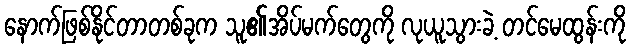
နောက်ဖြစ်နိုင်တာတစ်ခုက သူ၏အိပ်မက်တွေကို လုယူသွားခဲ့ တင်မေထွန်းကို